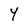
Character: Y